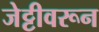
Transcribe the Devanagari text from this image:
जेट्टीवरून